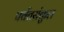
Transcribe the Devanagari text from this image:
पर्वतसंकुल